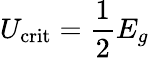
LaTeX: U_{\mathrm{crit}}=\frac{1}{2}E_{g}